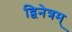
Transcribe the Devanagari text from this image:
द्विनेत्रम्